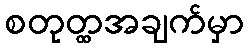
စတုတ္ထအချက်မှာ